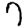
Digit: 7